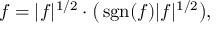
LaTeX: f = | f | ^ { 1 / 2 } \cdot { \big ( } \operatorname { s g n } ( f ) | f | ^ { 1 / 2 } { \big ) } ,